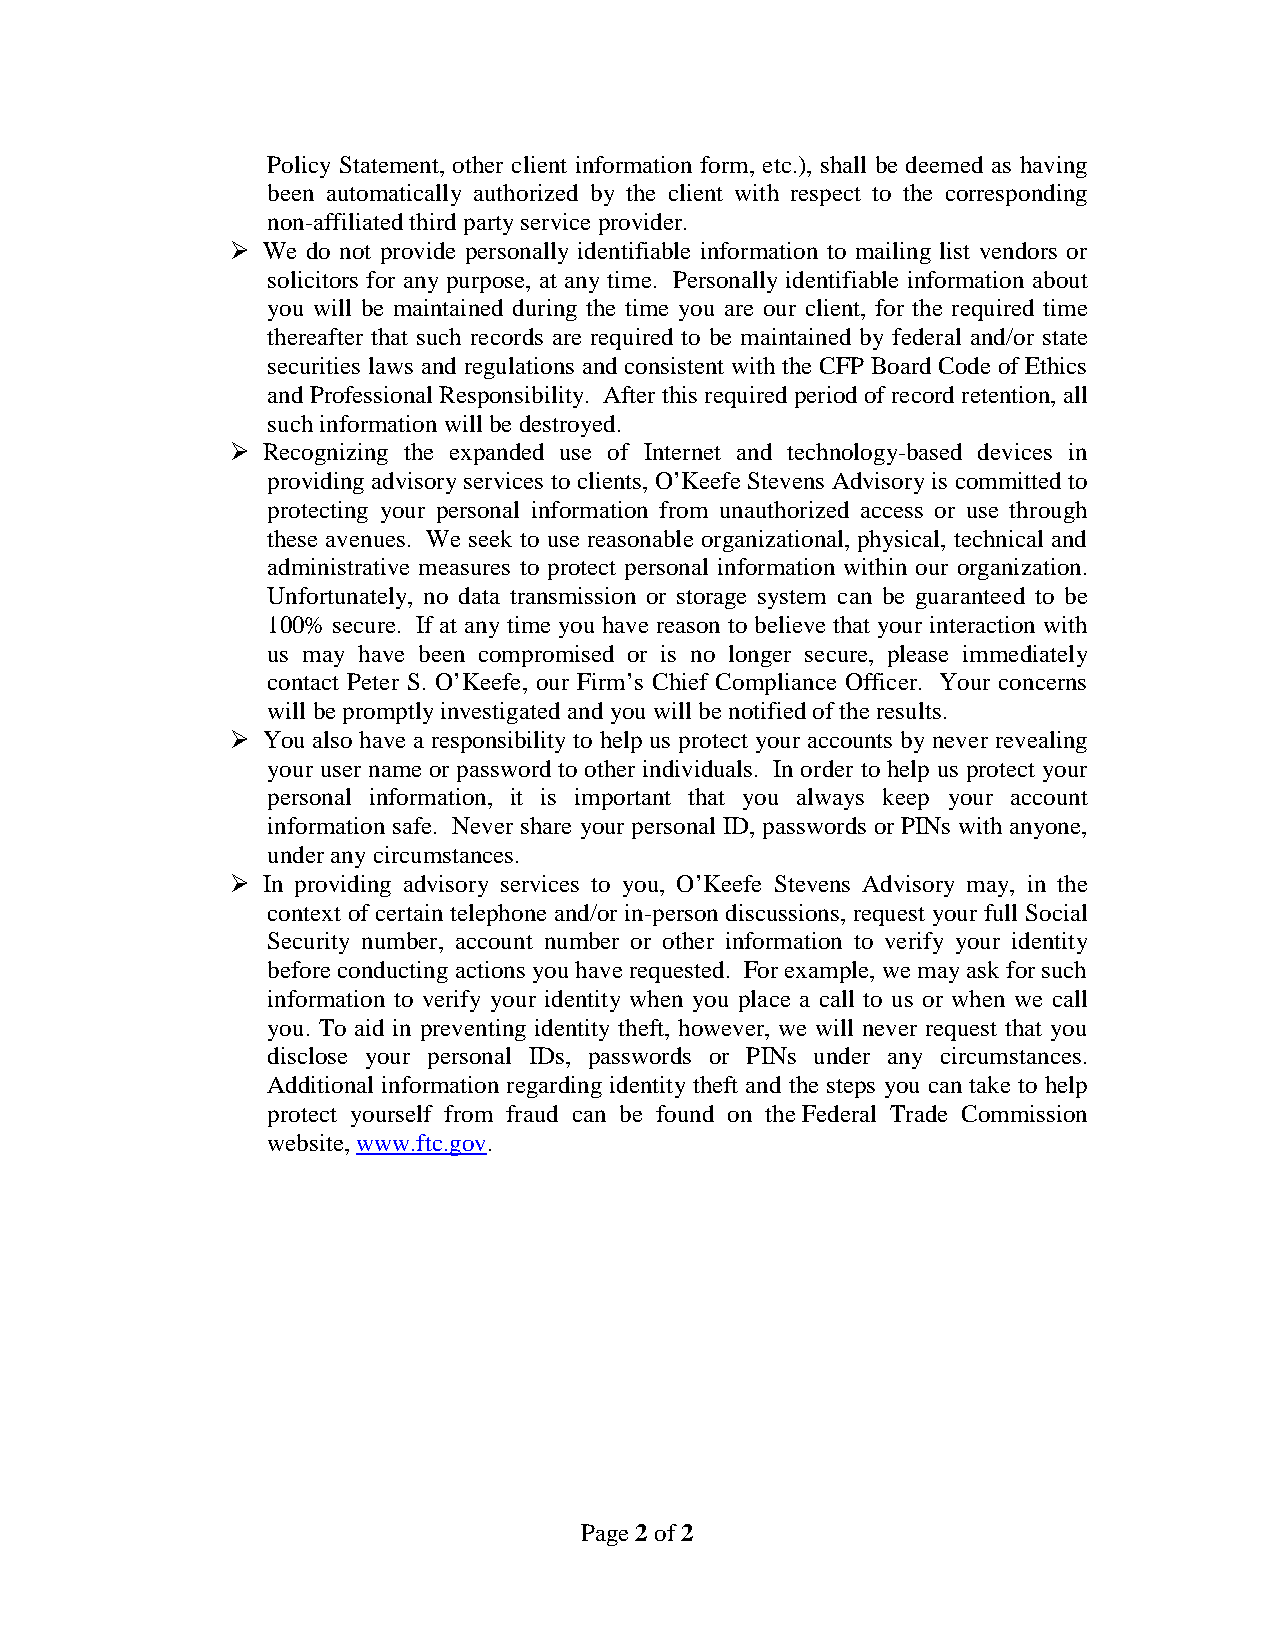
Policy Statement, other client information form, etc.), shall be deemed as having
 been automatically authorized by the client with respect to the corresponding
 non-affiliated third party service provider.
  We do not provide personally identifiable information to mailing list vendors or
 solicitors for any purpose, at any time. Personally identifiable information about
 you will be maintained during the time you are our client, for the required time
 thereafter that such records are required to be maintained by federal and/or state
 securities laws and regulations and consistent with the CFP Board Code of Ethics
 and Professional Responsibility. After this required period of record retention, all
 such information will be destroyed.
  Recognizing the expanded use of Internet and technology-based devices in
 providing advisory services to clients, O’Keefe Stevens Advisory is committed to
 protecting your personal information from unauthorized access or use through
 these avenues. We seek to use reasonable organizational, physical, technical and
 administrative measures to protect personal information within our organization.
 Unfortunately, no data transmission or storage system can be guaranteed to be
 100% secure. If at any time you have reason to believe that your interaction with
 us may have been compromised or is no longer secure, please immediately
 contact Peter S. O’Keefe, our Firm’s Chief Compliance Officer. Your concerns
 will be promptly investigated and you will be notified of the results.
  You also have a responsibility to help us protect your accounts by never revealing
 your user name or password to other individuals. In order to help us protect your
 personal information, it is important that you always keep your account
 information safe. Never share your personal ID, passwords or PINs with anyone,
 under any circumstances.
  In providing advisory services to you, O’Keefe Stevens Advisory may, in the
 context of certain telephone and/or in-person discussions, request your full Social
 Security number, account number or other information to verify your identity
 before conducting actions you have requested. For example, we may ask for such
 information to verify your identity when you place a call to us or when we call
 you. To aid in preventing identity theft, however, we will never request that you
 disclose your personal IDs, passwords or PINs under any circumstances.
 Additional information regarding identity theft and the steps you can take to help
 protect yourself from fraud can be found on the Federal Trade Commission
 website, www.ftc.gov.
 Page 2 of 2